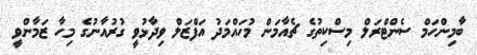
ބާމިންހަމް ސެންޓްރަލް މިސްކިތުގެ ޗެއާމަން މުހައްމަދު އަފްޒަލް ވިދާޅުވީ ގުރުއާނުގެ މިހާ ޒަމާންވީ